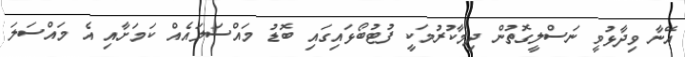
އޭނާ ވިދާޅުވީ ނަސްލީގޮތުން ދިމާކުރުމަކީ ފުޓުބޯޅައިގައި ބޮޑު މައްސަލައެއް ކަމަށާއި އެ މައްސަލަ